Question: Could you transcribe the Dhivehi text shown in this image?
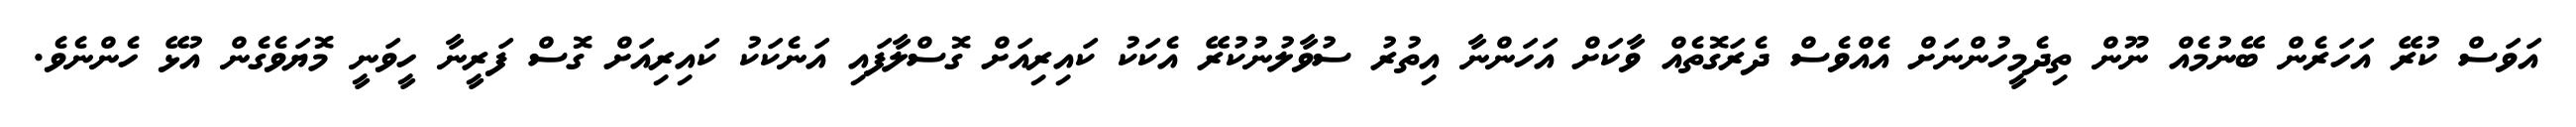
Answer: އަވަސް ކުރޭ އަހަރެން ބޭނުމެއް ނޫން ތިދެމީހުންނަށް އެއްވެސް ދެރަގޮތެއް ވާކަށް އަހަންނާ އިތުރު ސުވާލުނުކުރޭ އެކަކު ކައިރިއަށް ގޮސްލާފައި އަނެކަކު ކައިރިއަށް ގޮސް ފަރީނާ ހީވަނީ މޮޔަވެގެން އުޅޭ ހެންނެވެ.